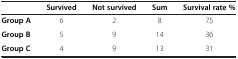
<table><thead><tr><td><b> </b></td><td><b>Survived</b></td><td><b>Not survived</b></td><td><b>Sum</b></td><td><b>Survival rate %</b></td></tr></thead><tbody><tr><td><b>Group Α</b></td><td>6</td><td>2</td><td>8</td><td>75</td></tr><tr><td><b>Group Β</b></td><td>5</td><td>9</td><td>14</td><td>36</td></tr><tr><td><b>Group C</b></td><td>4</td><td>9</td><td>13</td><td>31</td></tr></tbody></table>